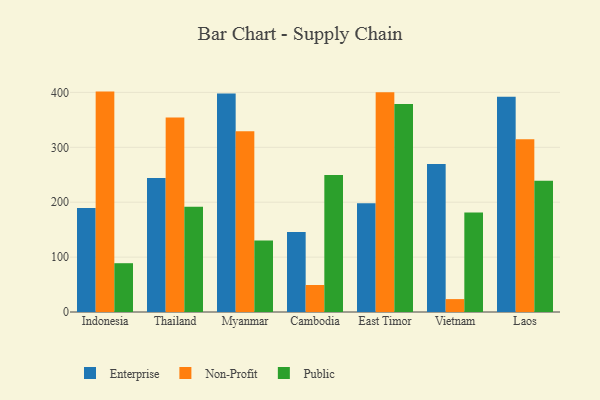
{"axis": {"x": "Country", "y": "Production Output"}, "legend": ["Enterprise", "Non-Profit", "Public"], "data": [{"x": "Indonesia", "y": 189.5, "type": "Enterprise"}, {"x": "Indonesia", "y": 401.5, "type": "Non-Profit"}, {"x": "Indonesia", "y": 88.9, "type": "Public"}, {"x": "Thailand", "y": 243.9, "type": "Enterprise"}, {"x": "Thailand", "y": 354.3, "type": "Non-Profit"}, {"x": "Thailand", "y": 191.9, "type": "Public"}, {"x": "Myanmar", "y": 398.2, "type": "Enterprise"}, {"x": "Myanmar", "y": 329.4, "type": "Non-Profit"}, {"x": "Myanmar", "y": 130.1, "type": "Public"}, {"x": "Cambodia", "y": 145.7, "type": "Enterprise"}, {"x": "Cambodia", "y": 49.2, "type": "Non-Profit"}, {"x": "Cambodia", "y": 249.6, "type": "Public"}, {"x": "East Timor", "y": 198.3, "type": "Enterprise"}, {"x": "East Timor", "y": 400.3, "type": "Non-Profit"}, {"x": "East Timor", "y": 379.1, "type": "Public"}, {"x": "Vietnam", "y": 269.8, "type": "Enterprise"}, {"x": "Vietnam", "y": 23.5, "type": "Non-Profit"}, {"x": "Vietnam", "y": 181.1, "type": "Public"}, {"x": "Laos", "y": 391.9, "type": "Enterprise"}, {"x": "Laos", "y": 314.9, "type": "Non-Profit"}, {"x": "Laos", "y": 239.0, "type": "Public"}]}